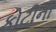
કોટીની